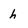
Character: h